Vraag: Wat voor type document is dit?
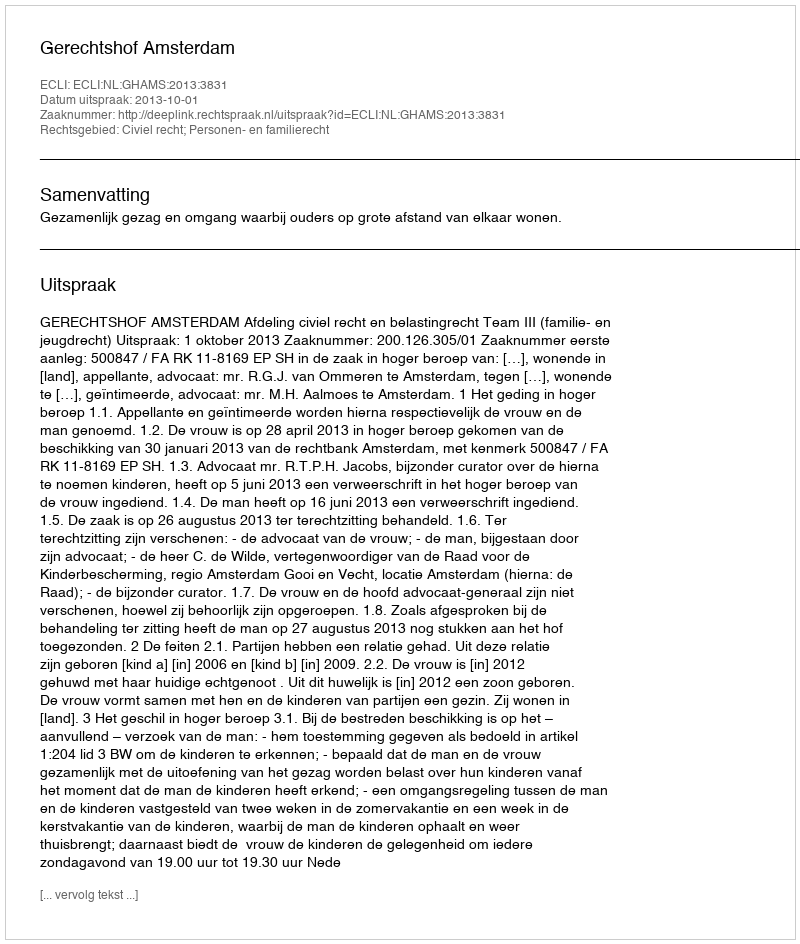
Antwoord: Uitspraak